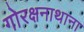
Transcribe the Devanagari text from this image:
गोरक्षनाथाना